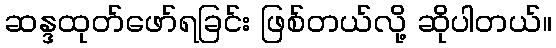
ဆန္ဒထုတ်ဖော်ရခြင်း ဖြစ်တယ်လို့ ဆိုပါတယ်။